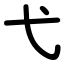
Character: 弋